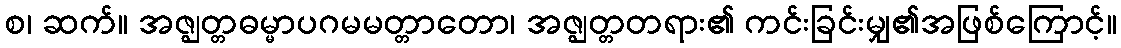
စ၊ ဆက်။ အဇ္ဈတ္တဓမ္မာပဂမမတ္တာတော၊ အဇ္ဈတ္တတရား၏ ကင်းခြင်းမျှ၏အဖြစ်ကြောင့်။